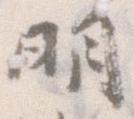
明